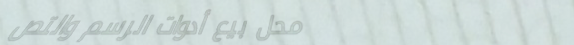
محل بيع أدوات الرسم والتص